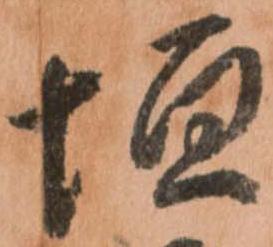
垣